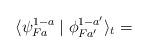
LaTeX: \begin{align*}\langle\psi ^{1-a}_{Fa}\mid\phi ^{1-a'}_{Fa'}\rangle_t=\end{align*}